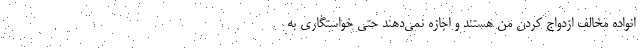
انواده مخالف ازدواج کردن من هستند و اجازه نمی‌دهند حتی خواستگاری به